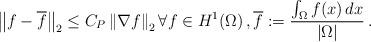
LaTeX: \begin{align*}\left\| f-\overline{f} \right\|_2 \le C_P \left\| \nabla f \right\|_2 \forall f \in H^1(\Omega) \, , \overline{f}:=\frac{\int_\Omega f(x) \, dx}{|\Omega|} \, .\end{align*}